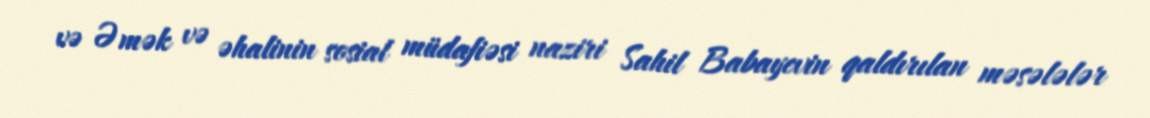
və Əmək və əhalinin sosial müdafiəsi naziri Sahil Babayevin qaldırılan məsələlər